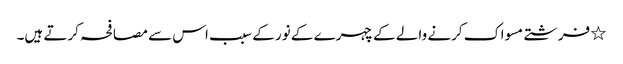
٭ فرشتے مسواک کرنے والے کے چہرے کے نور کے سبب اس سے مصافحہ کرتے ہیں۔